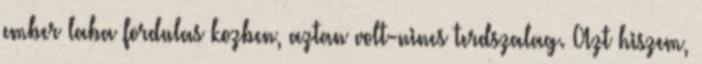
ember laba fordulas kozben, aztan volt-nincs terdszalag. Azt hiszem,